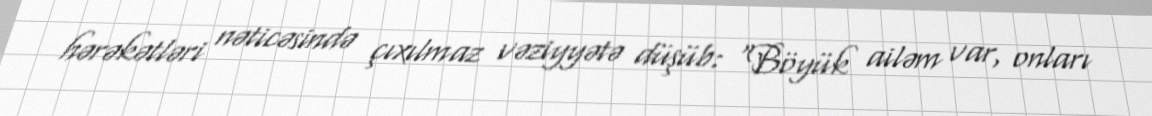
hərəkətləri nəticəsində çıxılmaz vəziyyətə düşüb: “Böyük ailəm var, onları